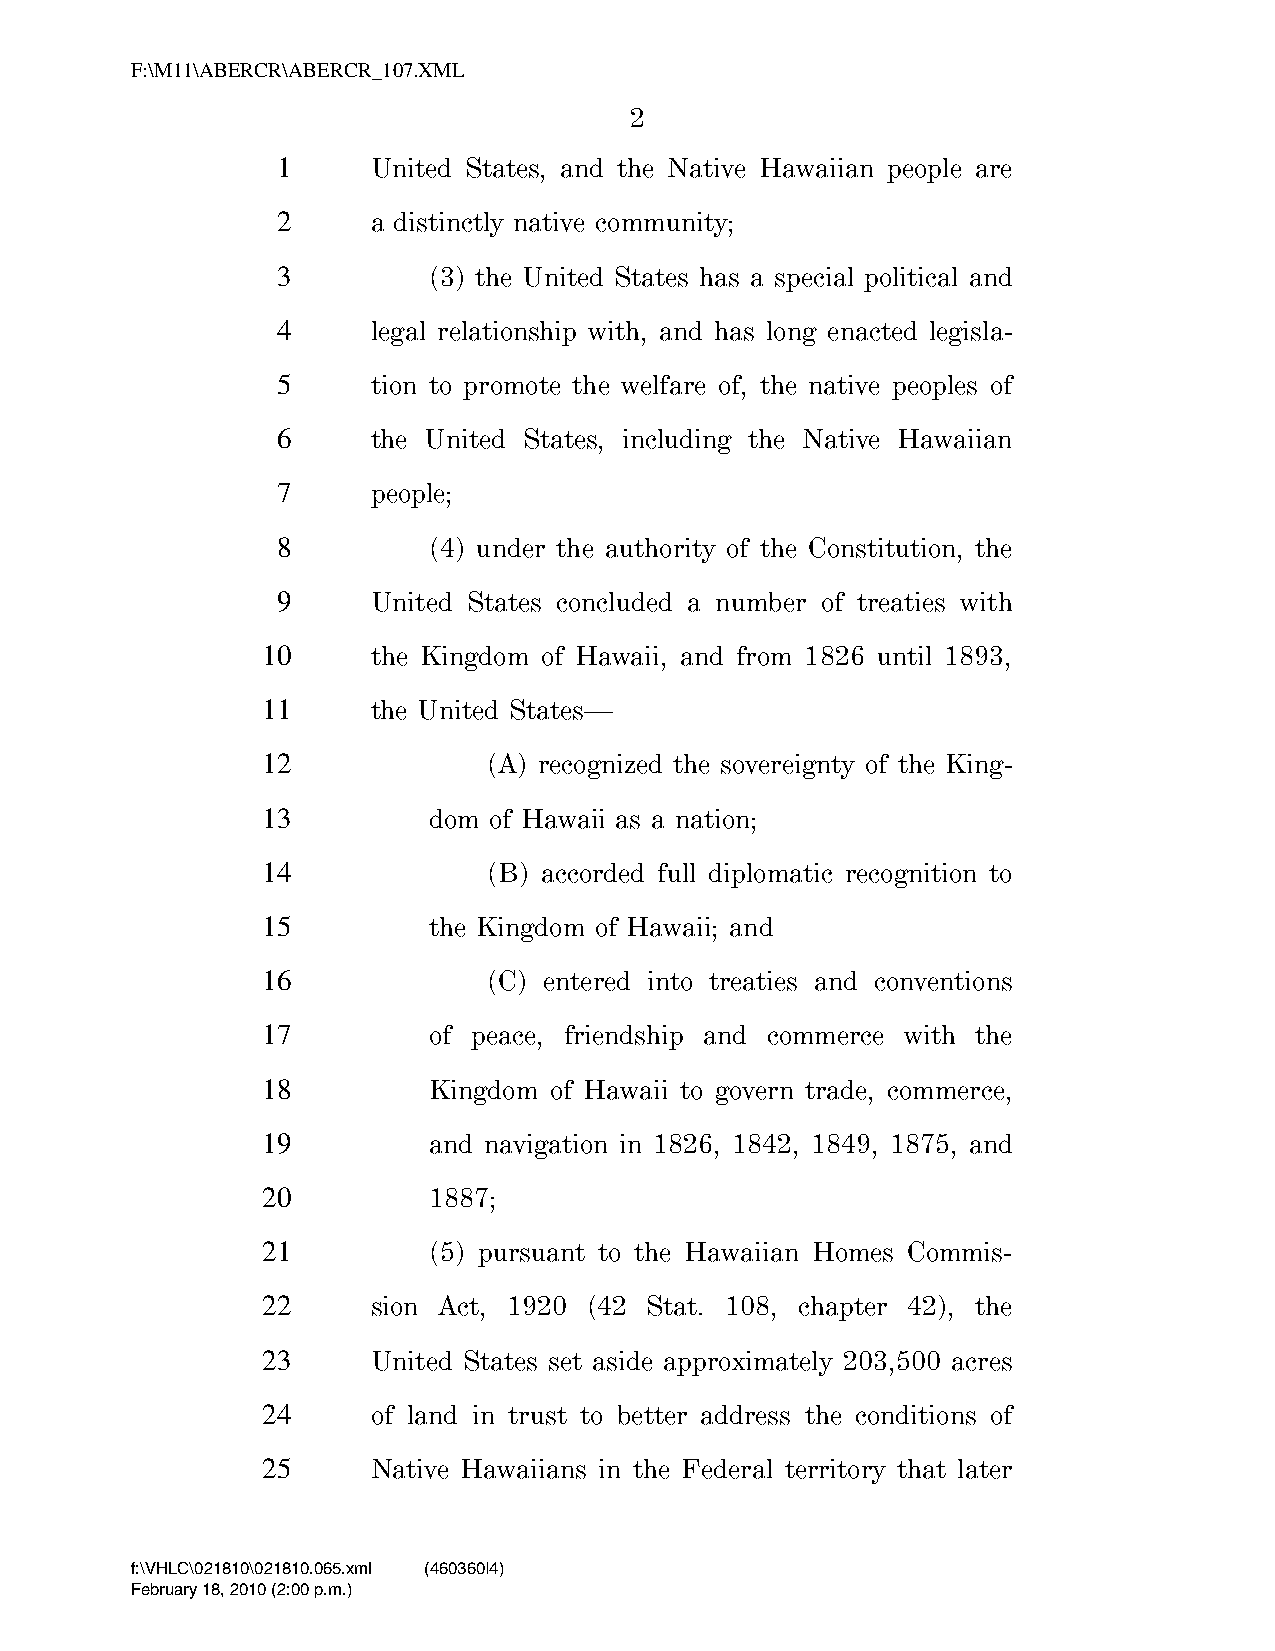
F:\M11\ABERCR\ABERCR_107.XML
 2
 1      United States, and the Native Hawaiian people are
 2      a distinctly native community;
 3         (3) the United States has a special political and
 4      legal relationship with, and has long enacted legisla-
 5      tion to promote the welfare of, the native peoples of
 6      the United States, including the Native Hawaiian
 7      people;
 8         (4) under the authority of the Constitution, the
 9      United States concluded a number of treaties with
 10      the Kingdom of Hawaii, and from 1826 until 1893,
 11      the United States—
 12             (A) recognized the sovereignty of the King-
 13         dom of Hawaii as a nation;
 14             (B) accorded full diplomatic recognition to
 15         the Kingdom of Hawaii; and
 16             (C) entered into treaties and conventions
 17         of peace, friendship and commerce with the
 18         Kingdom of Hawaii to govern trade, commerce,
 19         and navigation in 1826, 1842, 1849, 1875, and
 20         1887;
 21         (5) pursuant to the Hawaiian Homes Commis-
 22      sion Act, 1920 (42 Stat. 108, chapter 42), the
 23      United States set aside approximately 203,500 acres
 24      of land in trust to better address the conditions of
 25      Native Hawaiians in the Federal territory that later
 f:\VHLC\021810\021810.065.xml (460360|4)
 February 18, 2010 (2:00 p.m.)
 VerDate Nov 24 2008 14:00 Feb 18, 2010 Jkt 000000 PO 00000 Frm 00002 Fmt 6652 Sfmt 6201 C:\TEMP\ABERCR_107.XML HOLCPC